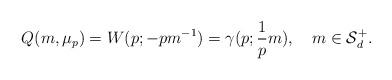
LaTeX: \begin{align*} Q(m,\mu_p)=W(p; -pm^{-1})=\gamma(p;\frac1p m),\ \ \ m\in \mathcal{S}_d^+. \end{align*}